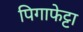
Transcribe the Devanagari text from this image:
पिगाफेट्टा